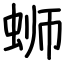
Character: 蛳